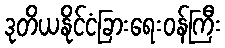
ဒုတိယနိုင်ငံခြားရေးဝန်ကြီး